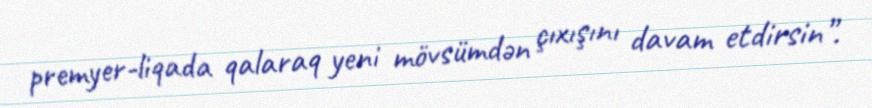
premyer-liqada qalaraq yeni mövsümdən çıxışını davam etdirsin”.